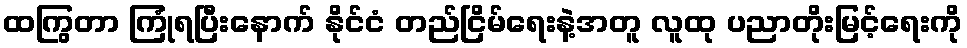
ထကြွတာ ကြုံရပြီးနောက် နိုင်ငံ တည်ငြိမ်ရေးနဲ့အတူ လူထု ပညာတိုးမြင့်ရေးကို